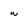
Character: w